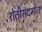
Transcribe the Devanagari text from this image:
शेतीसंदर्भात